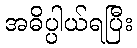
အဓိပ္ပါယ်ရပြီး